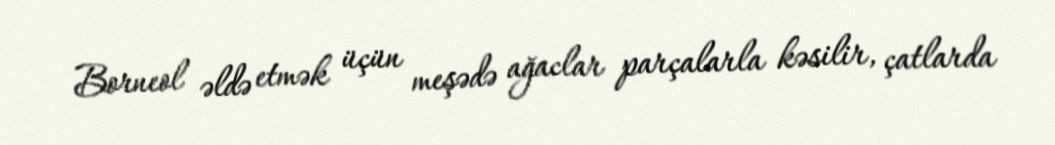
Borneol əldə etmək üçün meşədə ağaclar parçalarla kəsilir, çatlarda